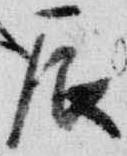
辰